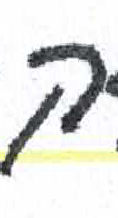
אות: ק